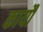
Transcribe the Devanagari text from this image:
कार्यौ